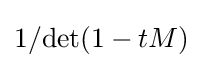
1/\!\det(1-tM)